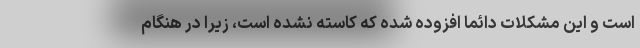
است و این مشکلات دائما افزوده شده که کاسته نشده است، زیرا در هنگام